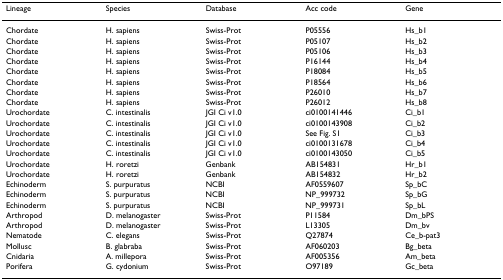
| Lineage | Species | Database | Acc code | Gene |
 | --- | --- | --- | --- | --- |
 | Chordate | H. sapiens | Swiss-Prot | P05556 | Hs_b1 |
 | Chordate | H. sapiens | Swiss-Prot | P05107 | Hs_b2 |
 | Chordate | H. sapiens | Swiss-Prot | P05106 | Hs_b3 |
 | Chordate | H. sapiens | Swiss-Prot | P16144 | Hs_b4 |
 | Chordate | H. sapiens | Swiss-Prot | P18084 | Hs_b5 |
 | Chordate | H. sapiens | Swiss-Prot | P18564 | Hs_b6 |
 | Chordate | H. sapiens | Swiss-Prot | P26010 | Hs_b7 |
 | Chordate | H. sapiens | Swiss-Prot | P26012 | Hs_b8 |
 | Urochordate | C. intestinalis | JGI Ci v1.0 | ci0100141446 | Ci_b1 |
 | Urochordate | C. intestinalis | JGI Ci v1.0 | ci0100143908 | Ci_b2 |
 | Urochordate | C. intestinalis | JGI Ci v1.0 | See Fig. S1 | Ci_b3 |
 | Urochordate | C. intestinalis | JGI Ci v1.0 | ci0100131678 | Ci_b4 |
 | Urochordate | C. intestinalis | JGI Ci v1.0 | ci0100143050 | Ci_b5 |
 | Urochordate | H. roretzi | Genbank | AB154831 | Hr_b1 |
 | Urochordate | H. roretzi | Genbank | AB154832 | Hr_b2 |
 | Echinoderm | S. purpuratus | NCBI | AF0559607 | Sp_bC |
 | Echinoderm | S. purpuratus | NCBI | NP_999732 | Sp_bG |
 | Echinoderm | S. purpuratus | NCBI | NP_999731 | Sp_bL |
 | Arthropod | D. melanogaster | Swiss-Prot | P11584 | Dm_bPS |
 | Arthropod | D. melanogaster | Swiss-Prot | L13305 | Dm_bv |
 | Nematode | C. elegans | Swiss-Prot | Q27874 | Ce_b-pat3 |
 | Mollusc | B. glabraba | Swiss-Prot | AF060203 | Bg_beta |
 | Cnidaria | A. millepora | Swiss-Prot | AF005356 | Am_beta |
 | Porifera | G. cydonium | Swiss-Prot | O97189 | Gc_beta |